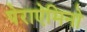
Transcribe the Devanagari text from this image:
पेराऐमिनो